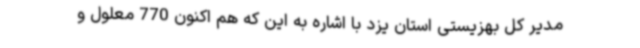
مدیر کل بهزیستی استان یزد با اشاره به این که هم اکنون 770 معلول و